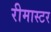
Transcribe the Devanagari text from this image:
रीमास्टर